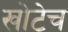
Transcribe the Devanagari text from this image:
खोटेच